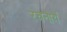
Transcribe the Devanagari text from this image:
रचनायं